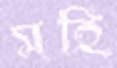
মহি